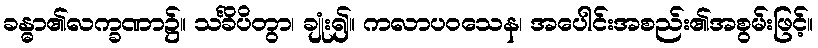
ခန္ဓာ၏လက္ခဏာ၌။ သင်္ခိပိတွာ၊ ချုံး၍။ ကလာပဝသေန၊ အပေါင်းအစည်း၏အစွမ်းဖြင့်။